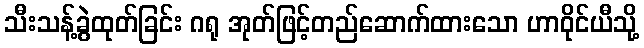
သီးသန့်ခွဲထုတ်ခြင်း ဂရု အုတ်ဖြင့်တည်ဆောက်ထားသော ဟာဝိုင်ယီသို့